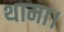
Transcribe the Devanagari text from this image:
थामा।